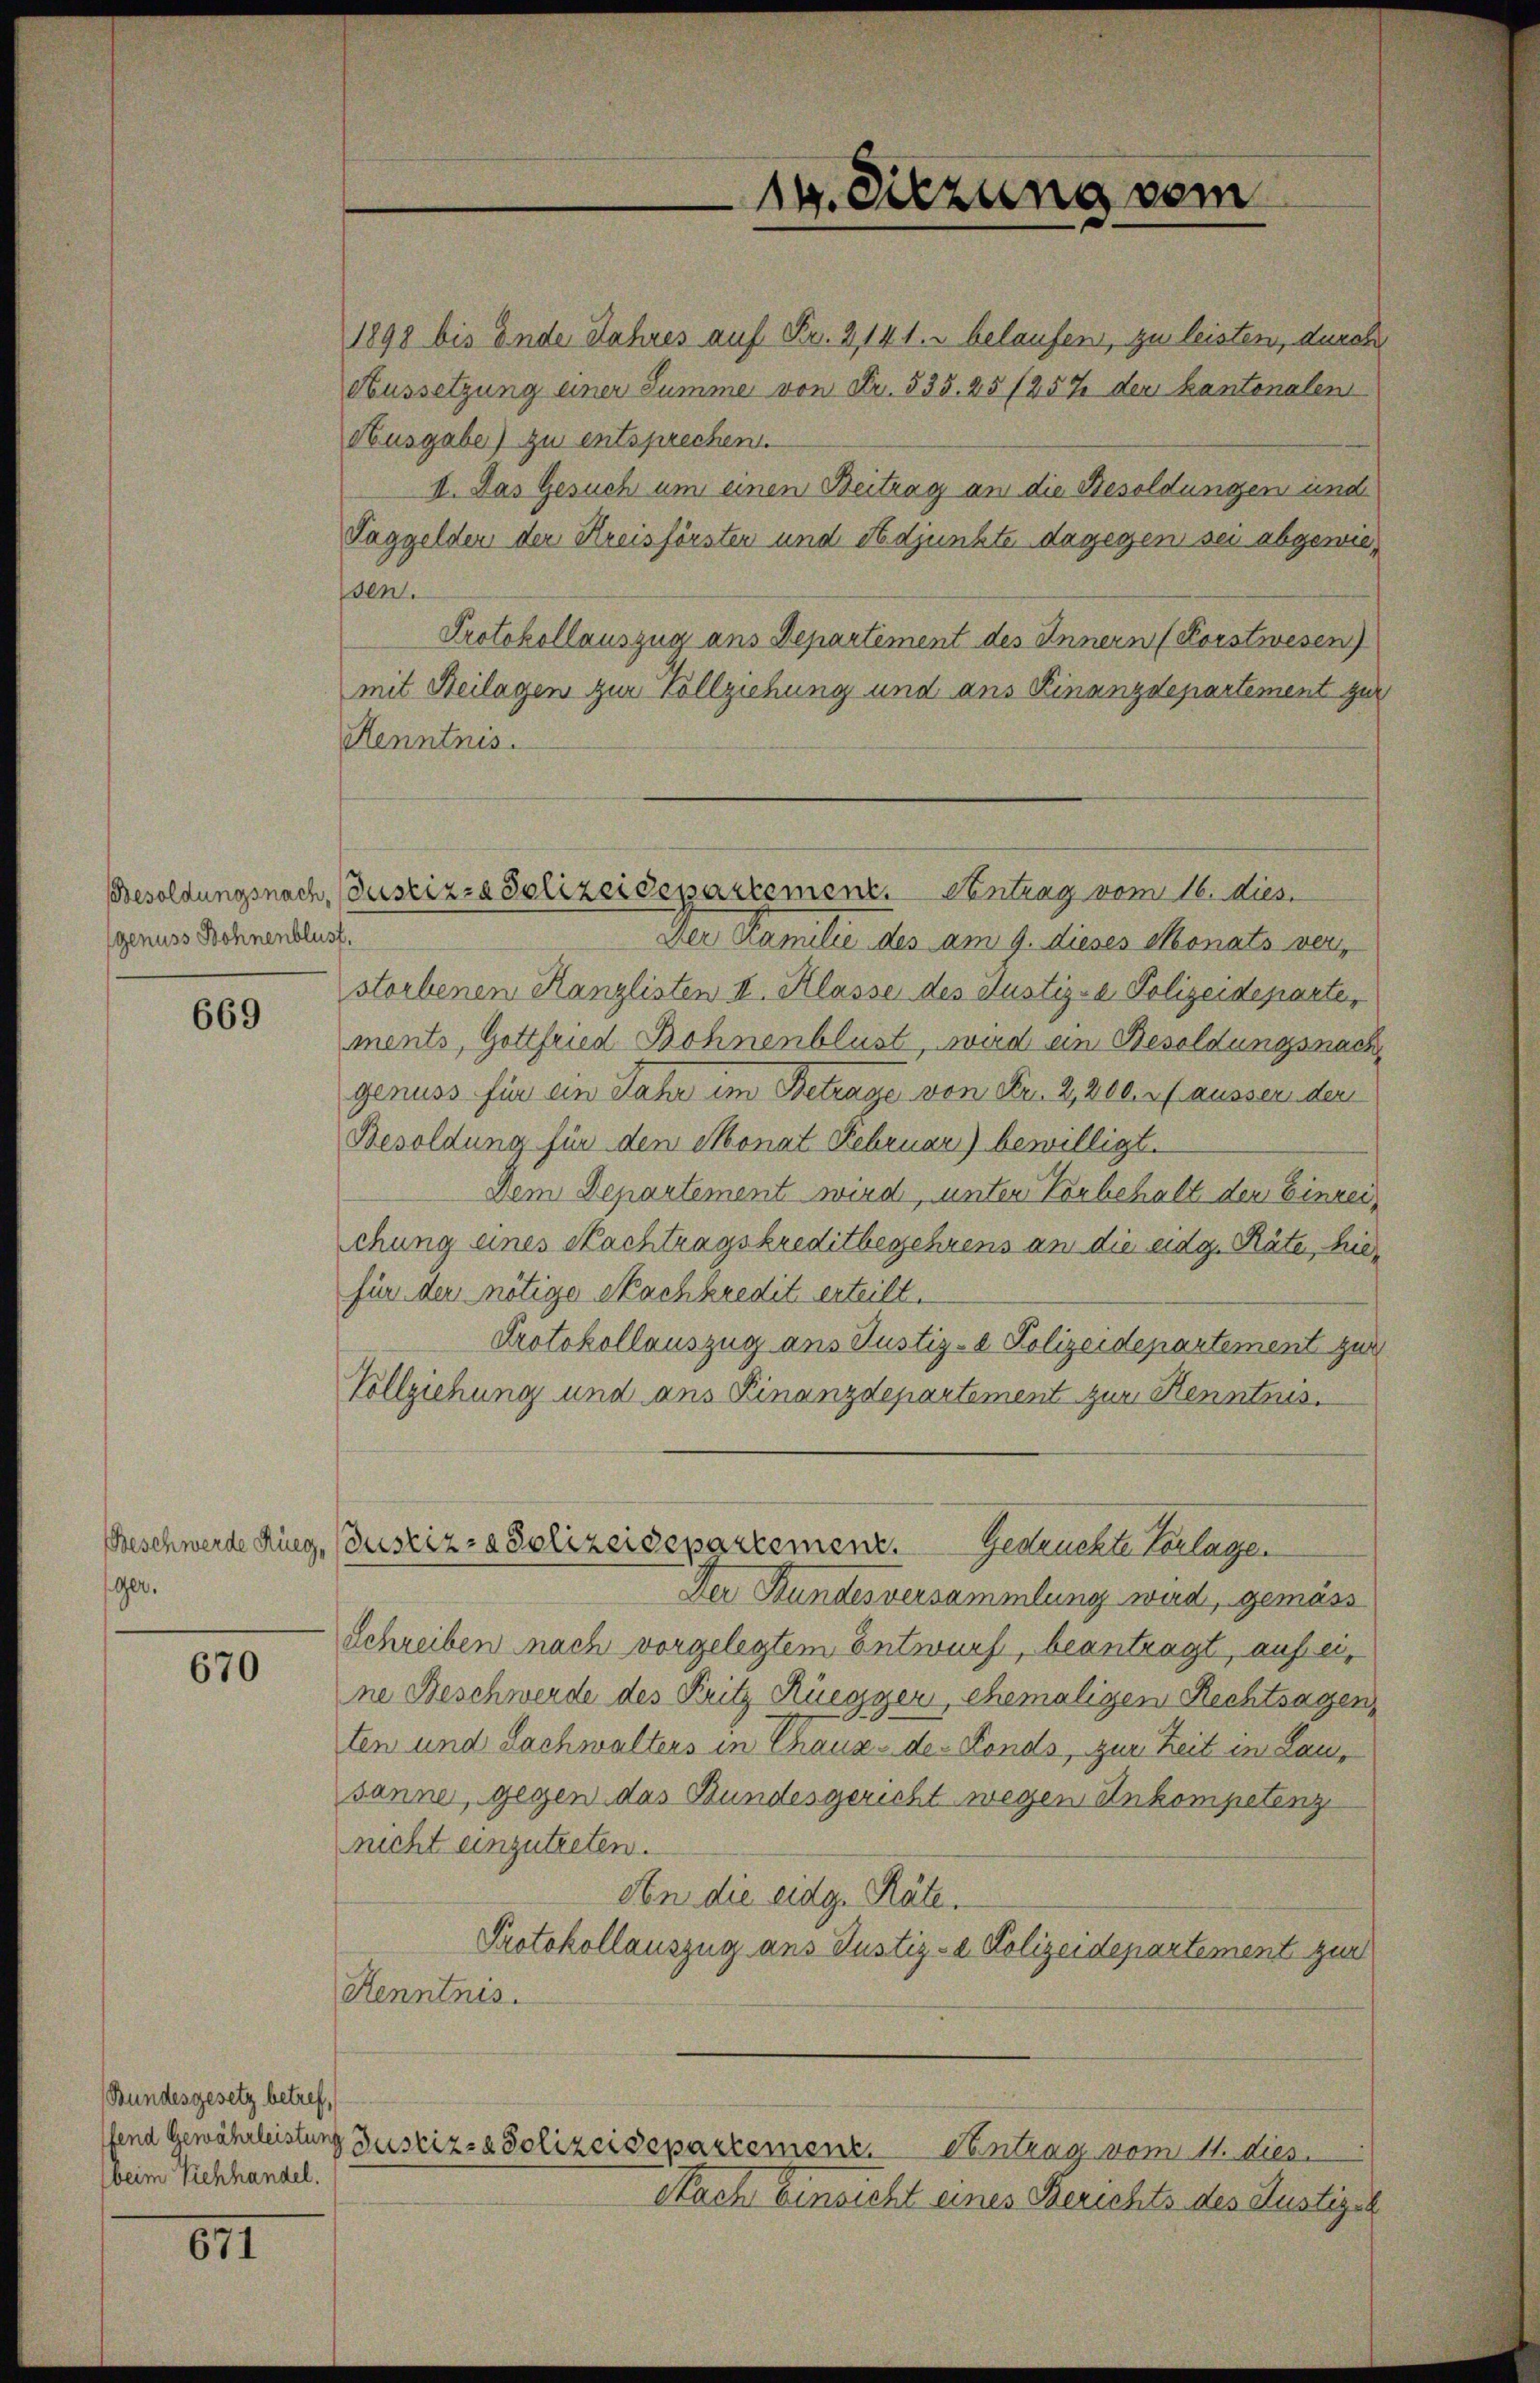
genuss Bohnenblust,

669

Beschwerde Rieg,
ger.

670

Bundesgesetz betreff
beim Viehhandel.

811

14. Sitzung vom

1898 bis Ende Jahres auf Fr. 2, 141. belaufen, zu leisten, durch
Aussetzung einer Summe von Fr. 535. 25/257 der kantonalen
Husgabe) zu entsprechen.
II. Das Gesuch um einen Beitrag an die Besoldungen und
Taggelden der Kreisförsten und Adjunkte dagegen sei abgewieden.
Protokollauszug aus Departement des Innern (Forstwesen)
mit Beilagen zur Vollziehung und aus Kinanzdepartement zur
Henntnis.
Der Kamilie des am 9. dieses Monats ver
storbenen Kanzlisten II. Klasse des Justiz- & Polizeideparte,
ments, Gottfried Bohnenblust, wird ein Besoldungsnach
genuss für ein Jahr im Betrage von Fr. 2,200. r ausser den
Besoldung für den Monat Februar) bewilligt.
Dem Departement wird, unter Vorbehalt den Einzeichung eines Nachtragskreditbegehrens an die eidg. Räte, hiefür der nötige Nachkredit erteilt.
Protokollauszug aus Justiz- & Polizeidepartement zur
Vollziehung und ans Finanzdepartement zur Kenntnis.
Justiz- & Polizeidepartement. Gedrückte Vorlage.
Der Bundesversammlung wird, gemäss
Schreiben nach vorgelegtem Entwurf, beantragt, auf eine Beschwerde des Kritz Rüegger, ehemaligen Rechtsagen,
ten und Lachwalters in Chaux-de-Fonds, zur Zeit in Lausanne, gegen das Bundesgericht wegen Ankompetenz
nicht einzutreten.
Aen die eidg. Räte.
Protokollauszug aus Justiz- & Polizeidepartement zur
Henntnis.
fend Gewährleistung Justiz- & Polizeidepartemenz. Eintrag vom 11. dies
Nach Einsicht eines Berichts des Justiz-C

Besoldungsnach, Justiz- & Polizeidepartement. Ventrag vom 16. dies